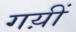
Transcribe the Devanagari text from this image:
गय़ीं